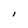
Character: I